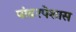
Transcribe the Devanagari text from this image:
पांढरपेशास